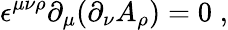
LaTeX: \epsilon^{\mu\nu\rho}\partial_{\mu}(\partial_{\nu}A_{\rho})=0\; ,